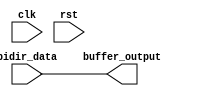
module io_buffer(
    input clk,
    input rst,
    input bidir_data,
    output reg buffer_output
);

assign buffer_output = bidir_data;

endmodule